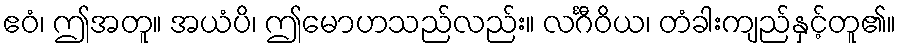
ဧဝံ၊ ဤအတူ။ အယံပိ၊ ဤမောဟသည်လည်း။ လင်္ဂီဝိယ၊ တံခါးကျည်နှင့်တူ၏။